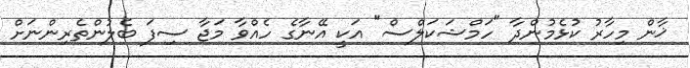
ޚާން މިހާރު ކުޅެމުންދާ "ހަމްޝަކަލްސް" އަކީ އޭނާގެ ހެއްވާ މަޖާ ސިފަ ބެލުންތެރިންނަށް